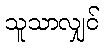
သူသာလျှင်